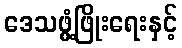
ဒေသဖွံ့ဖြိုးရေးနှင့်